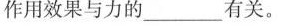
作用效果与力的 ___ 有关。